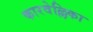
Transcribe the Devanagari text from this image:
कारवेल्लिका